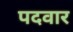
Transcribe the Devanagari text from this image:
पदवार